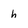
Character: h